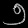
Digit: ၅